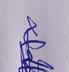
Signature authenticity: genuine